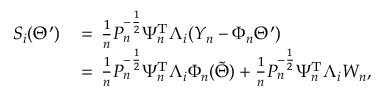
\begin{array} { r l } { S _ { i } ( \Theta ^ { \prime } ) } & { \, = \, \frac { 1 } { n } P _ { n } ^ { - \frac { 1 } { 2 } } \Psi _ { n } ^ { \mathrm { T } } \Lambda _ { i } ( Y _ { n } - \Phi _ { n } \Theta ^ { \prime } ) } \\ & { \, = \, \frac { 1 } { n } P _ { n } ^ { - \frac { 1 } { 2 } } \Psi _ { n } ^ { \mathrm { T } } \Lambda _ { i } \Phi _ { n } ( \tilde { \Theta } ) + \frac { 1 } { n } P _ { n } ^ { - \frac { 1 } { 2 } } \Psi _ { n } ^ { \mathrm { T } } \Lambda _ { i } W _ { n } , } \end{array}